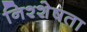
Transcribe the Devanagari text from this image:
निश्शेषता